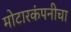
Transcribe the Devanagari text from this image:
मोटारकंपनीचा